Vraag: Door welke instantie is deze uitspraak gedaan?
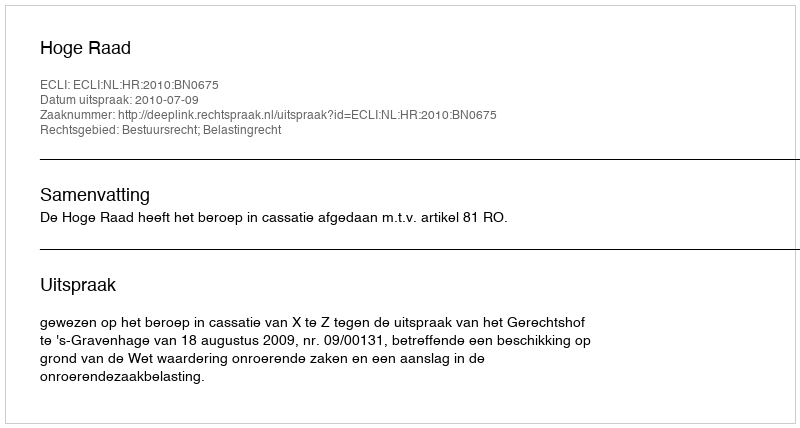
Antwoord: Hoge Raad